Source: Handwritten
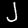
Digit: ၂ (2)